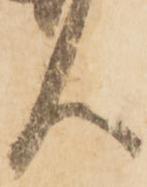
人